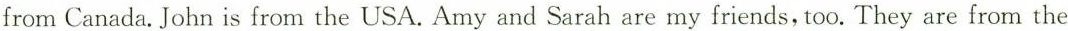
from Canada. John is from the USA. Amy and Sarah are my friends, too. They are from the